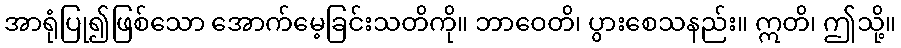
အာရုံပြု၍ဖြစ်သော အောက်မေ့ခြင်းသတိကို။ ဘာဝေတိ၊ ပွားစေသနည်း။ ဣတိ၊ ဤသို့။